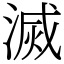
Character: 滅